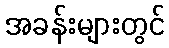
အခန်းများတွင်